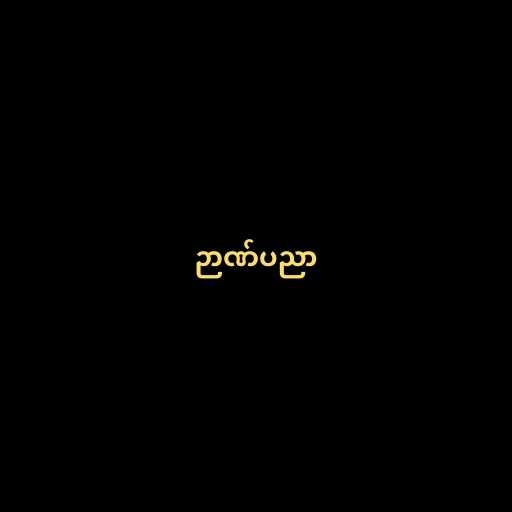
ဉာဏ်ပညာ